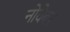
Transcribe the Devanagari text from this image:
नोवेबर